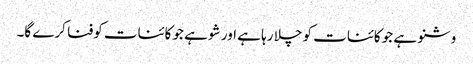
وشنو ہے جو کائنات کو چلا رہا ہے اور شو ہے جو کائنات کوفنا کرے گا۔